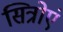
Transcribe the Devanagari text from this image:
सित्रोएं